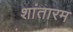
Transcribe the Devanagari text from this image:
शांतारम